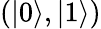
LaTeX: (|0\rangle,|1\rangle)